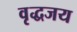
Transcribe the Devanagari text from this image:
वृद्धजय